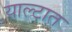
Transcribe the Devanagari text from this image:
याल्टात